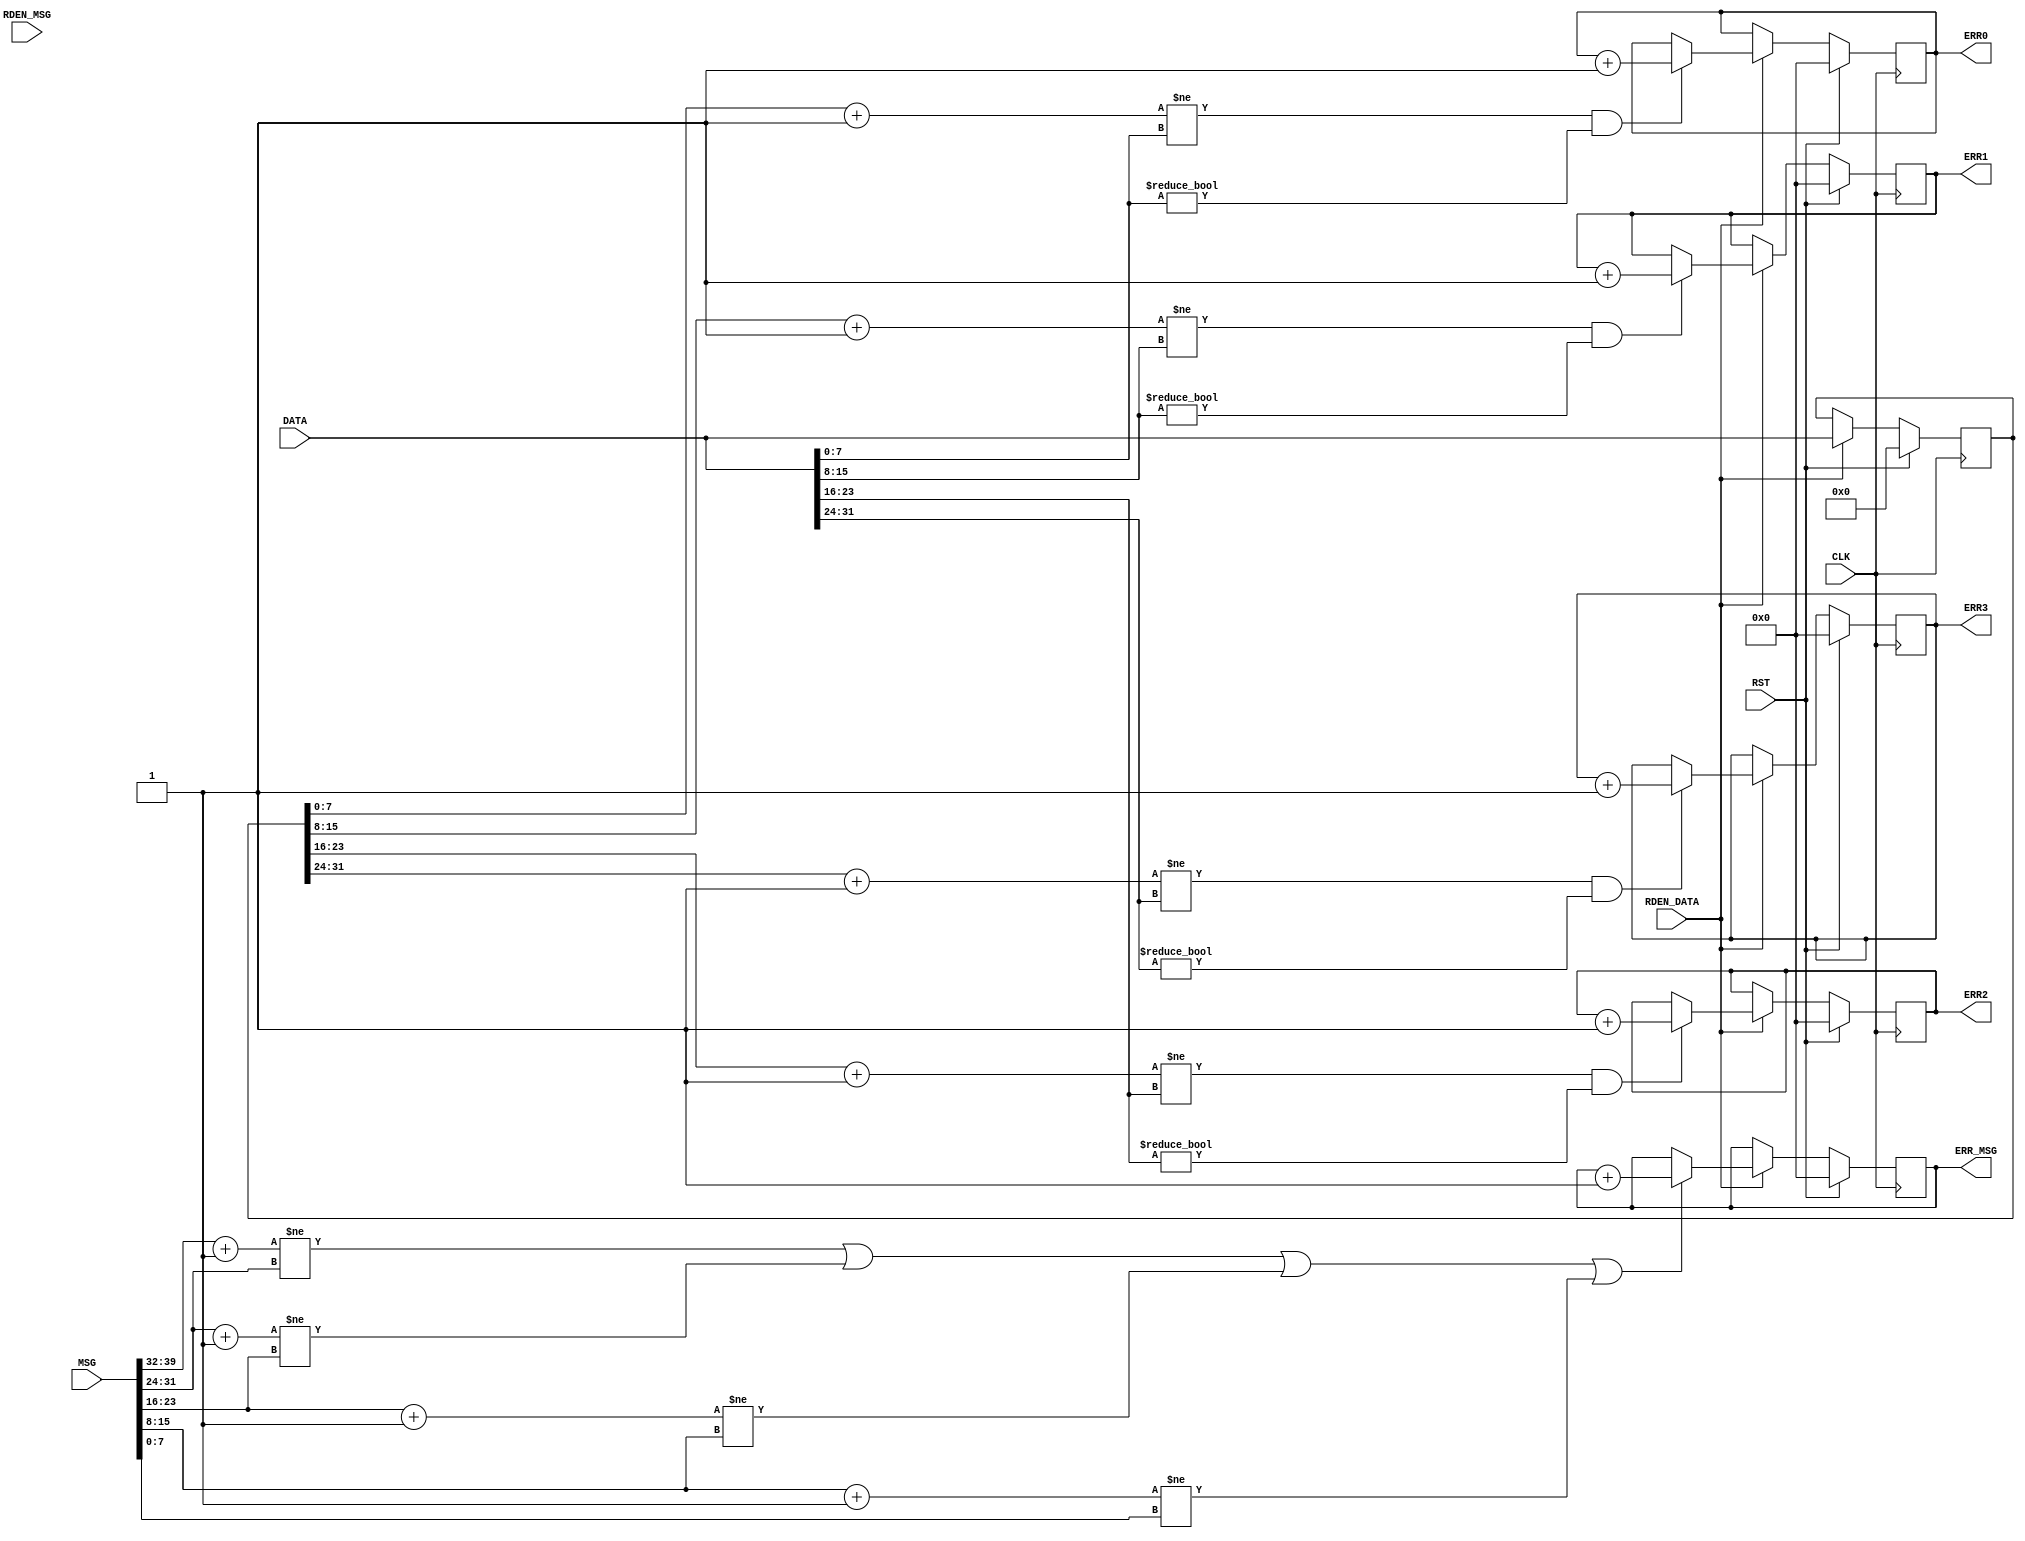
module RCB_FRL_data_check(CLK,RST,RDEN_DATA,RDEN_MSG,DATA,MSG,ERR0,ERR1,ERR2,ERR3,ERR_MSG);

input CLK,RST,RDEN_DATA,RDEN_MSG;
input [31:0] DATA;
input [39:0] MSG;

output reg [3:0] ERR0,ERR1,ERR2,ERR3,ERR_MSG;

reg [31:0] DATA_TEMP;
reg [7:0] MSG_TEMP;

always @ (posedge CLK)
begin
	if(RST)
	begin
		ERR0 <= 0; 
		ERR1 <= 0; 
		ERR2 <= 0; 
		ERR3 <= 0; 
		ERR_MSG <= 0; 
		DATA_TEMP <= 0;
		MSG_TEMP <= 0;
	end
	else if(RDEN_DATA)
	begin
		DATA_TEMP <= DATA;
		MSG_TEMP <= MSG;
		if(DATA_TEMP[7:0] + 1 != DATA[7:0] && DATA[7:0] != 0)
			ERR0 <= ERR0 + 1;
		if(DATA_TEMP[15:8] + 1 != DATA[15:8] && DATA[15:8] != 0)
			ERR1 <= ERR1 + 1;
		if(DATA_TEMP[23:16] + 1 != DATA[23:16] && DATA[23:16] != 0)
			ERR2 <= ERR2 + 1;
		if(DATA_TEMP[31:24] + 1 != DATA[31:24] && DATA[31:24] != 0)
			ERR3 <= ERR3 + 1;
		if(MSG[39:32] + 1 != MSG[31:24] || MSG[31:24] + 1 != MSG[23:16] || MSG[23:16] + 1 != MSG[15:8] || MSG[15:8] + 1 != MSG[7:0])
			ERR_MSG <= ERR_MSG + 1;
	end
end
endmodule